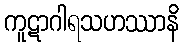
ကူဋာဂါရသဟဿာနိ